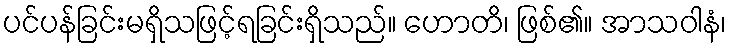
ပင်ပန်ခြင်းမရှိသဖြင့်ရခြင်းရှိသည်။ ဟောတိ၊ ဖြစ်၏။ အာသဝါနံ၊